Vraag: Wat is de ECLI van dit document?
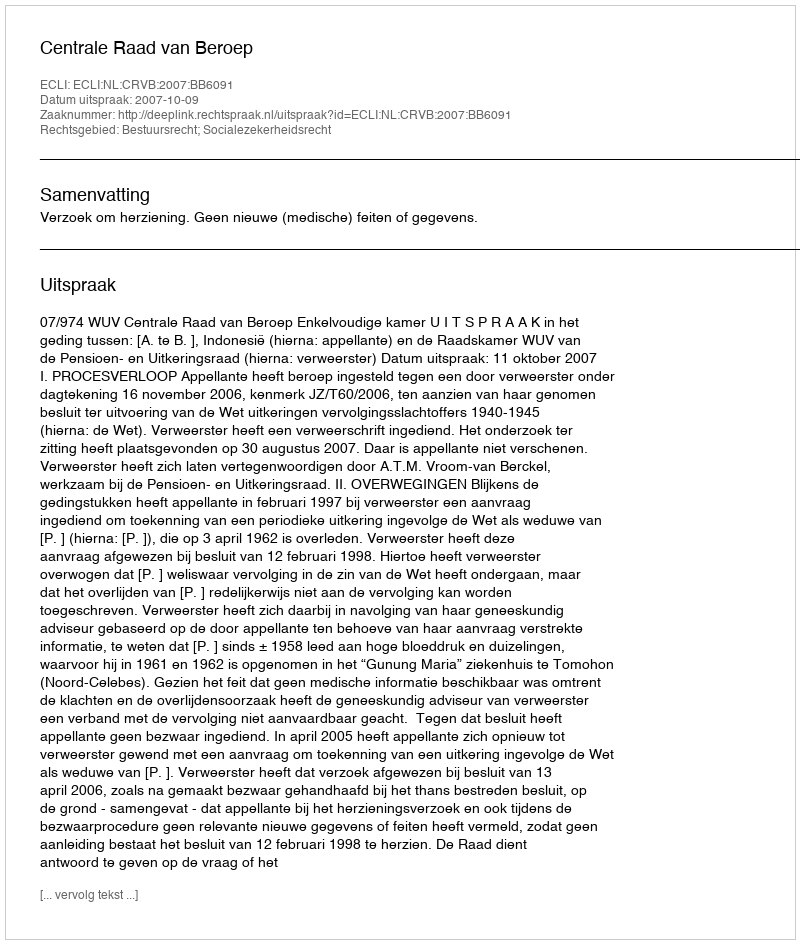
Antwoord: ECLI:NL:CRVB:2007:BB6091